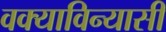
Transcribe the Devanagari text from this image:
वक्याविन्यासी